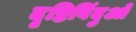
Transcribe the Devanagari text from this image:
दृष्टिबिंदुओं